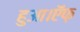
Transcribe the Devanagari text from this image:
हुआ।ऍफ़